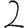
Digit: 2